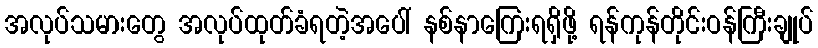
အလုပ်သမားတွေ အလုပ်ထုတ်ခံရတဲ့အပေါ် နစ်နာကြေးရရှိဖို့ ရန်ကုန်တိုင်းဝန်ကြီးချုပ်